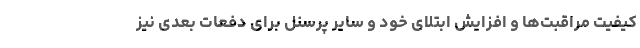
کیفیت مراقبت‌ها و افزایش ابتلای خود و سایر پرسنل برای دفعات بعدی نیز